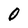
Character: O